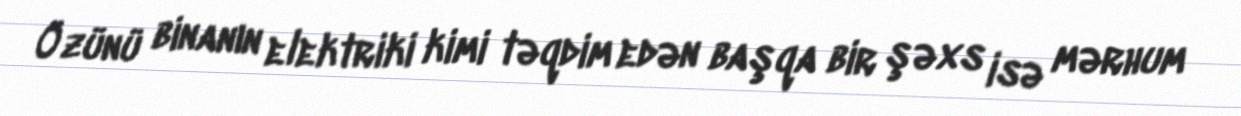
Özünü binanın elektriki kimi təqdim edən başqa bir şəxs isə mərhum